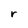
Character: r